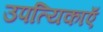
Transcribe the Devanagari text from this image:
उपत्यिकाएँ